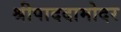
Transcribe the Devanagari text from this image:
श्रीपाददामोदर